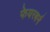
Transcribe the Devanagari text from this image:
फेयरबर्न